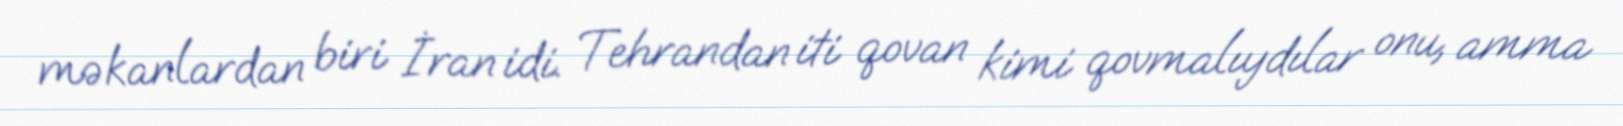
məkanlardan biri İran idi. Tehrandan iti qovan kimi qovmalıydılar onu, amma